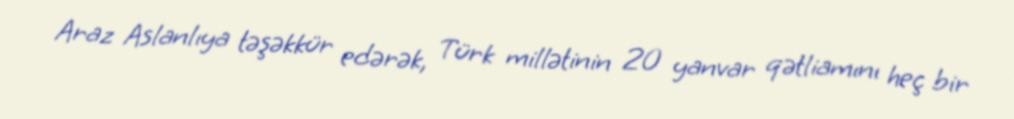
Araz Aslanlıya təşəkkür edərək, Türk millətinin 20 yanvar qətliamını heç bir